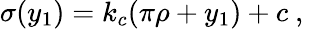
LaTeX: \sigma(y_{1})=k_{c}(\pi\rho+y_{1})+c~,~\,